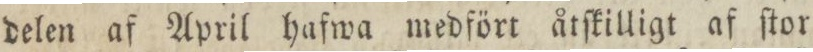
delen af April hafwa medfört åtſkilligt af ſtor